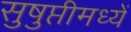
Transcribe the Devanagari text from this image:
सुषुप्तीमध्यें